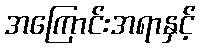
အကြောင်းအရာနှင့်